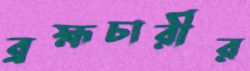
ব্রহ্মচারীর